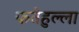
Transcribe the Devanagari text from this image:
फतेहुल्ला